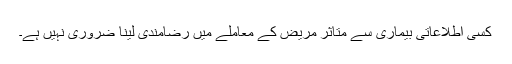
کِسی اطلاعاتی بیماری سے متاثر مریض کے معاملے میں رضامندی لینا ضروری نہیں ہے۔